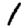
Digit: 1